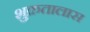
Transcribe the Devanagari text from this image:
शुक्रतालास